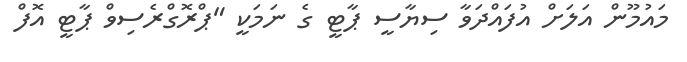
މައުމޫން އަލަށް އުފައްދަވާ ސިޔާސީ ޕާޓީ ގެ ނަމަކީ "ޕްރޮގްރެސިވް ޕާޓީ އޮފް